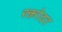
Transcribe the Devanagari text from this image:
रक्तोदर